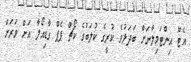
އެޓޫ އިންޓަމިލާނަށް ބަދަލުވެ ކުރީގެ ކުލަބުގެ ކޯޗް ޕެޕް ގާޑިއޯލާ އަށް ވަރަށް